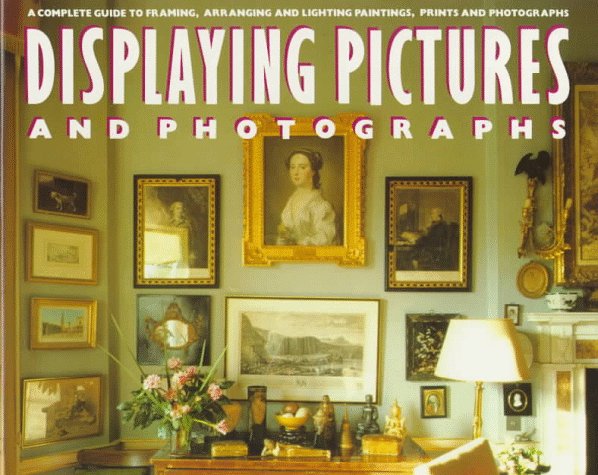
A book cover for Displaying Pictures and Photographs; Caroline Clifton-Mogg; Crafts, Hobbies & Home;